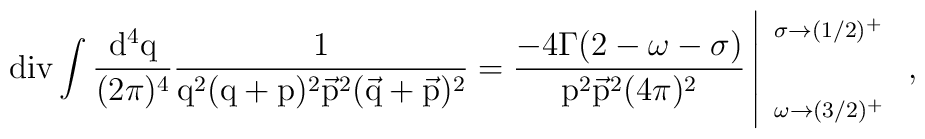
\rm div \int \frac{d^4q}{(2\pi)^4}\frac{1}{q^2(q+p)^2\vec{p}^2(\vec{q}+\vec{p})^2} = \frac{-4\Gamma(2-\omega-\sigma)}{p^2\vec{p}^2 (4\pi)^2} \left|{\begin{array}{l}{\scriptstyle \sigma \to (1/2)^+}\\\\{\scriptstyle \omega \to (3/2)^+}\\\end{array}}~, \right.